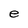
Character: e